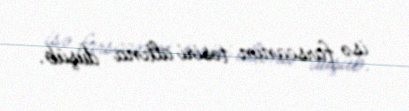
isə farscanın təsiri altına düşüb.